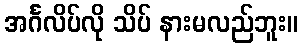
အင်္ဂလိပ်လို သိပ် နားမလည်ဘူး။